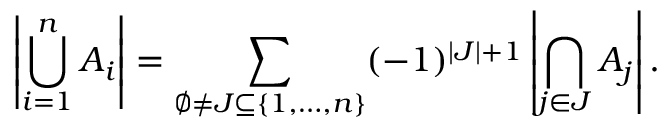
\left| \bigcup _ { i = 1 } ^ { n } A _ { i } \right| = \sum _ { \emptyset \neq J \subseteq \{ 1 , \ldots , n \} } ( - 1 ) ^ { | J | + 1 } \left| \bigcap _ { j \in J } A _ { j } \right| .